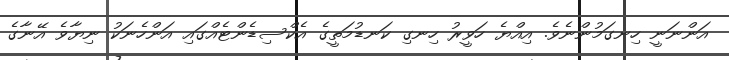
އަންނަނީ ހިނގަމުންނެވެ. އިއްޔެ ހަވީރު ހިނގި ކަނޑުމަތީގެ އެކްސިޑެންޓެއްގައި އަންހެނަކު ނިޔާވެ އޭނާގެ